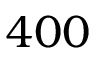
4 0 0